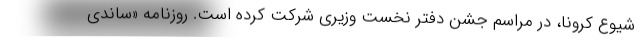
شیوع کرونا، در مراسم جشن دفتر نخست وزیری شرکت کرده است. روزنامه «ساندی